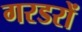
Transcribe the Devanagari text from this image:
गरडरों